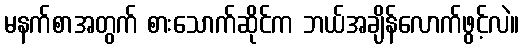
မနက်စာအတွက် စားသောက်ဆိုင်က ဘယ်အချိန်လောက်ဖွင့်လဲ။